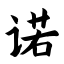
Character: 诺